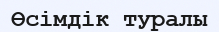
Өсімдік туралы